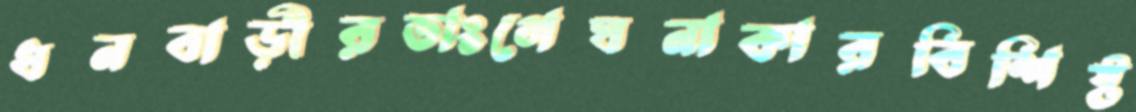
ধনবাড়ীরভাংগেঘনাকারবিশিষ্ট